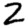
Digit: 2